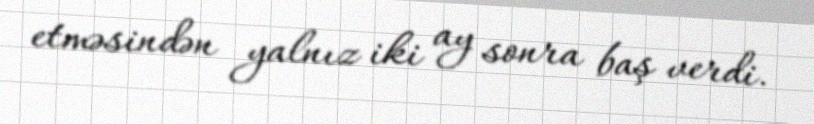
etməsindən yalnız iki ay sonra baş verdi.